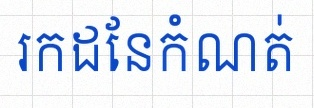
រកដែនកំណត់